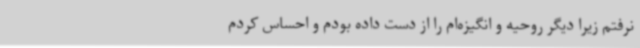
نرفتم زیرا دیگر روحیه و انگیزه‌ام را از دست داده بودم و احساس کردم